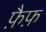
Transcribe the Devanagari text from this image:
फ़ैफ़